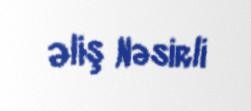
Əliş Nəsirli